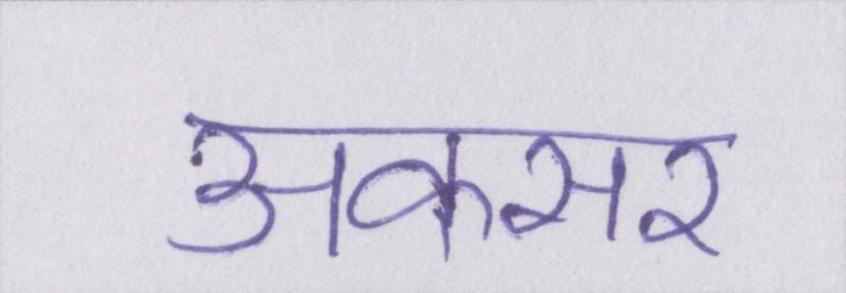
अकसर